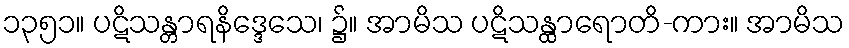
၁၃၅၁။ ပဋိသန္တာရနိဒ္ဒေသေ၊ ၌။ အာမိသ ပဋိသန္ထာရောတိ-ကား။ အာမိသ